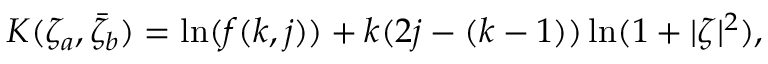
K ( \zeta _ { a } , \bar { \zeta } _ { b } ) = \ln ( f ( k , j ) ) + k ( 2 j - ( k - 1 ) ) \ln ( 1 + | \zeta | ^ { 2 } ) ,